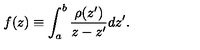
f ( z ) \equiv \int _ { a } ^ { b } { \frac { \rho ( z ^ { \prime } ) } { z - z ^ { \prime } } } d z ^ { \prime } .